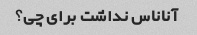
آناناس نداشت برای چی؟